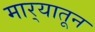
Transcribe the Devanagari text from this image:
मार्‍यातून